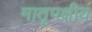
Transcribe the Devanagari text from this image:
मातृपक्षीय